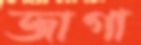
জাগা